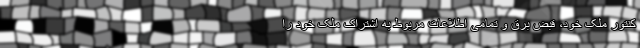
کنتور ملک خود، قبض برق و تمامی اطلاعات مربوط به اشتراک ملک خود را